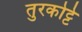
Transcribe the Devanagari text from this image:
तुरकोट्टे